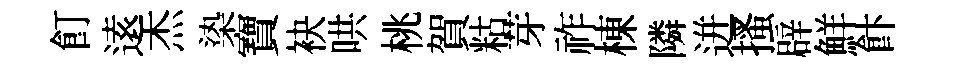
飣逺杰𣑱寶袂哄桃賀䊀芽祚棟隣迸搔辟鮮飰